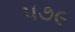
૫૭૯